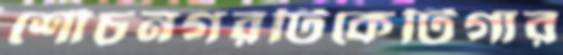
শৌচনগরটিকেটিগার